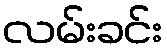
လမ်းခင်း